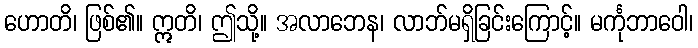
ဟောတိ၊ ဖြစ်၏။ ဣတိ၊ ဤသို့။ အလာဘေန၊ လာဘ်မရှိခြင်းကြောင့်။ မင်္ကုဘာဝေါ၊